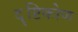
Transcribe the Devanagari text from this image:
दॄष्टिकोण